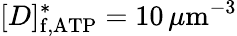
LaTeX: [D]_{\mathrm{f,ATP}}^{\ast}=10\, \mu\mathrm{m}^{-3}